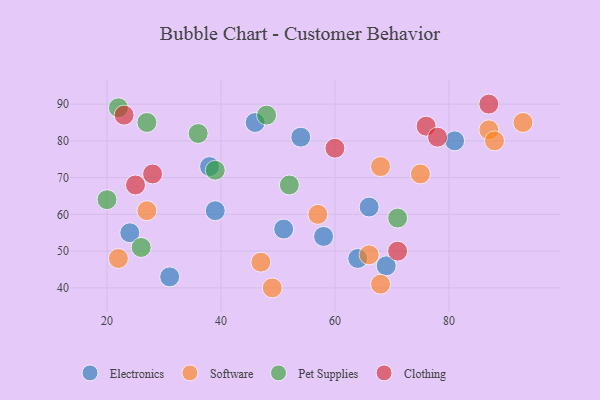
{"axis": {"x": "GDP", "y": "Life Expectancy"}, "legend": ["Clothing", "Electronics", "Pet Supplies", "Software"], "data": [{"x": "24", "y": 55, "type": "Electronics"}, {"x": "38", "y": 73, "type": "Electronics"}, {"x": "31", "y": 43, "type": "Electronics"}, {"x": "58", "y": 54, "type": "Electronics"}, {"x": "39", "y": 61, "type": "Electronics"}, {"x": "64", "y": 48, "type": "Electronics"}, {"x": "69", "y": 46, "type": "Electronics"}, {"x": "51", "y": 56, "type": "Electronics"}, {"x": "54", "y": 81, "type": "Electronics"}, {"x": "81", "y": 80, "type": "Electronics"}, {"x": "66", "y": 62, "type": "Electronics"}, {"x": "46", "y": 85, "type": "Electronics"}, {"x": "57", "y": 60, "type": "Software"}, {"x": "68", "y": 73, "type": "Software"}, {"x": "87", "y": 83, "type": "Software"}, {"x": "47", "y": 47, "type": "Software"}, {"x": "88", "y": 80, "type": "Software"}, {"x": "49", "y": 40, "type": "Software"}, {"x": "22", "y": 48, "type": "Software"}, {"x": "93", "y": 85, "type": "Software"}, {"x": "75", "y": 71, "type": "Software"}, {"x": "27", "y": 61, "type": "Software"}, {"x": "68", "y": 41, "type": "Software"}, {"x": "66", "y": 49, "type": "Software"}, {"x": "71", "y": 59, "type": "Pet Supplies"}, {"x": "27", "y": 85, "type": "Pet Supplies"}, {"x": "52", "y": 68, "type": "Pet Supplies"}, {"x": "39", "y": 72, "type": "Pet Supplies"}, {"x": "48", "y": 87, "type": "Pet Supplies"}, {"x": "22", "y": 89, "type": "Pet Supplies"}, {"x": "26", "y": 51, "type": "Pet Supplies"}, {"x": "20", "y": 64, "type": "Pet Supplies"}, {"x": "36", "y": 82, "type": "Pet Supplies"}, {"x": "60", "y": 78, "type": "Clothing"}, {"x": "76", "y": 84, "type": "Clothing"}, {"x": "25", "y": 68, "type": "Clothing"}, {"x": "23", "y": 87, "type": "Clothing"}, {"x": "71", "y": 50, "type": "Clothing"}, {"x": "28", "y": 71, "type": "Clothing"}, {"x": "87", "y": 90, "type": "Clothing"}, {"x": "78", "y": 81, "type": "Clothing"}]}